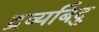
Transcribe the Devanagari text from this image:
द्रव्यबिंदु